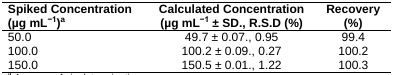
<table><thead><tr><td><b>Spiked Concentration (μg mL<sup>−1</sup>)a</b></td><td><b>Calculated Concentration (μg mL<sup>−1</sup> ± SD., R.S.D (%)</b></td><td><b>Recovery (%)</b></td></tr></thead><tbody><tr><td>50.0</td><td>49.7 ± 0.07., 0.95</td><td>99.4</td></tr><tr><td>100.0</td><td>100.2 ± 0.09., 0.27</td><td>100.2</td></tr><tr><td>150.0</td><td>150.5 ± 0.01., 1.22</td><td>100.3</td></tr></tbody></table>